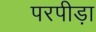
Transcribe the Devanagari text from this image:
परपीड़ा